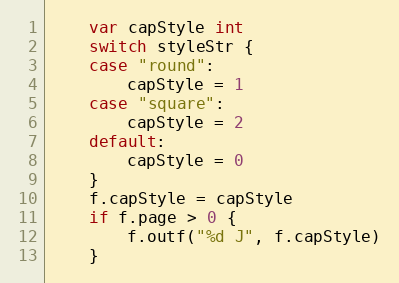
Language: Go
	var capStyle int
	switch styleStr {
	case "round":
		capStyle = 1
	case "square":
		capStyle = 2
	default:
		capStyle = 0
	}
	f.capStyle = capStyle
	if f.page > 0 {
		f.outf("%d J", f.capStyle)
	}